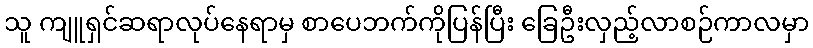
သူ ကျူရှင်ဆရာလုပ်နေရာမှ စာပေဘက်ကိုပြန်ပြီး ခြေဦးလှည့်လာစဉ်ကာလမှာ